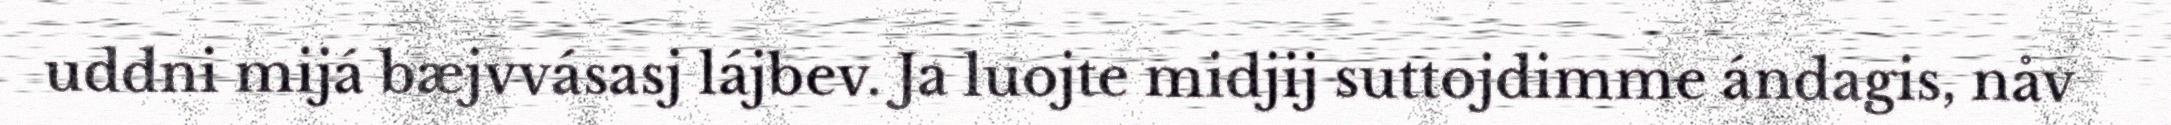
uddni mijá bæjvvásasj lájbev. Ja luojte midjij suttojdimme ándagis, nåv